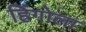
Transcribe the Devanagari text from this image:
हिंगोला